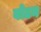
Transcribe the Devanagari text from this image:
वोटन